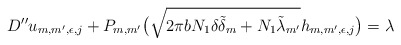
\begin{align*}D''u_{m,m',\epsilon,j}+P_{m,m'}\big(\sqrt{2\pi bN_1\delta\tilde\delta_m+N_1 \tilde{\lambda}_{m'}}h_{m,m',\epsilon,j}\big)=\lambda\end{align*}